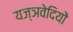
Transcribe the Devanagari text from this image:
यज्ञवेदियों